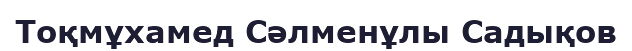
Тоқмұхамед Сәлменұлы Садықов